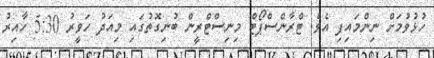
ހުޅުވުމަށް ނިންމައިފި އެވެ. ޓްރާންސްޕޯޓް މިނިސްޓްރީން ބުނިގޮތުގައި މިއަދު ހަވީރު 5:30 ހާއިރު